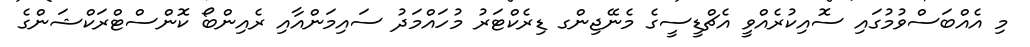
މި އެއްބަސްވުމުގައި ސޮއިކުރެއްވީ އެޗްޑީސީގެ މެނޭޖިންގ ޑިރެކްޓަރު މުހައްމަދު ސައިމަންއާއި ރެއިންބޯ ކޮންސްޓްރަކްޝަންގެ